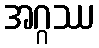
အဂ္ဂဿ